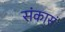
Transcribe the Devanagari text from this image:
संकासं